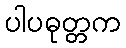
ပါပဓုတ္တက